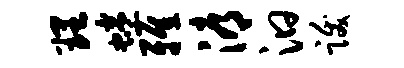
理蜷雅溽汩跋